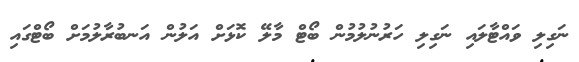
ނަގިލި ވައްޓާލައި ނަގިލި ހަރުނުލުމުން ބޯޓް މާލޭ ކޮޅަށް އަލުން އަނބުރާލުމަށް ބޯޓްގައި